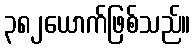
၃၈၂ယောက်ဖြစ်သည်။